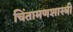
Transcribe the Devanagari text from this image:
चिंतामणशास्त्री